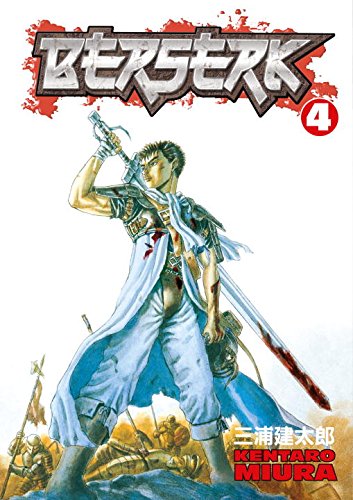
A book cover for Berserk, Vol. 4; Kentaro Miura; Comics & Graphic Novels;